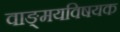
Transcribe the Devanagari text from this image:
वाङ्‌मयविषयक